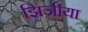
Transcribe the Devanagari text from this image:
झिजीया